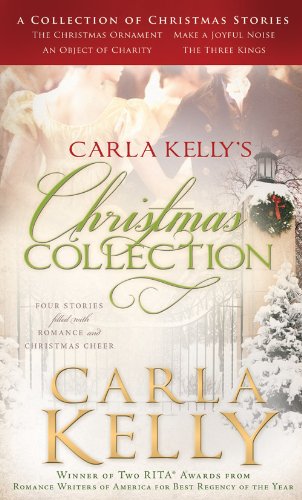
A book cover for Carla Kelly's Christmas Collection; Carla Kelly; Romance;